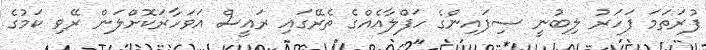
ފުރަތަމަ ފަހަރު ލިބުނީ ސިފައިންގެ ހަފްލާއެއްގެ ތެރޭގައި ރައީސް އަވަހާރަކޮށްލަން ރޭވި ކަމުގެ